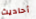
أحاديث